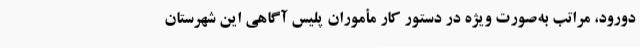
دورود، مراتب به‌صورت ویژه در دستور کار مأموران پلیس آگاهی این شهرستان